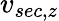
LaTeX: v_{sec,z}